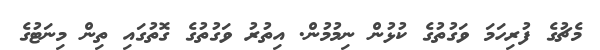
މެޗުގެ ފުރިހަމަ ވަގުތުގެ ކުޅުން ނިމުމުން. އިތުރު ވަގުތުގެ ގޮތުގައި ތިން މިނަޓުގެ